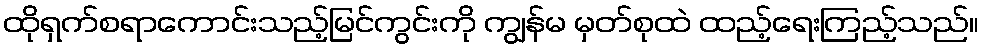
ထိုရှက်စရာကောင်းသည့်မြင်ကွင်းကို ကျွန်မ မှတ်စုထဲ ထည့်ရေးကြည့်သည်။